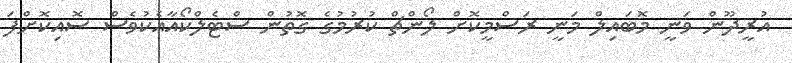
އުރީދޫން ވަނީ މޮބައިލް މަނީ ރަސްމީކޮށް ލޯންޗް ކުރުމުގެ ގޮތުން ސްޓެލްކޯއާއެކުވެސް ސޮއިކޮށްފަ